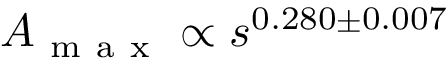
A _ { \mathrm { ~ m ~ a ~ x ~ } } \propto s ^ { 0 . 2 8 0 \pm 0 . 0 0 7 }